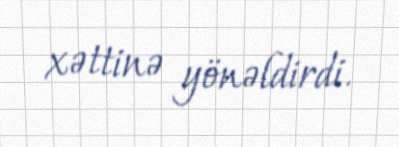
xəttinə yönəldirdi.